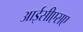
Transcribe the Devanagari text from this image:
आईसीएसए